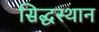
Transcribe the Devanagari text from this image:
सिद्धस्थान